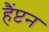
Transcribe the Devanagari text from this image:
हैंप्टन